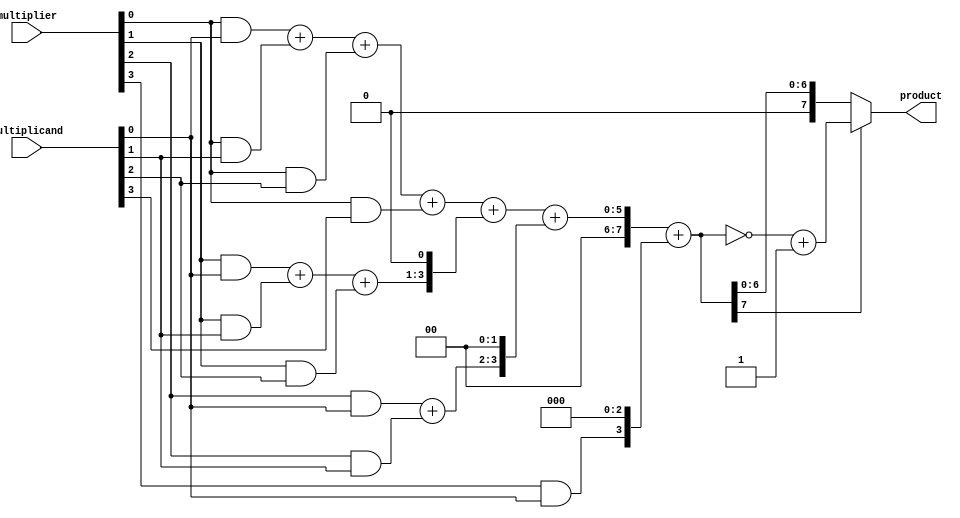
module baugh_wooley_multiplier(
    input [3:0] multiplier,
    input [3:0] multiplicand,
    output reg [7:0] product
);

reg [7:0] partial_products [3:0];
reg [8:0] carry_save_sum [3:0];
reg [8:0] final_product;

generate
// Partial product generator
genvar i, j;
for (i = 0; i < 4; i = i + 1) begin
    for (j = 0; j < 4; j = j + 1) begin
        assign partial_products[i][j+i] = multiplier[j] & multiplicand[i];
    end
end

// Carry-save adder tree
// Level 1
assign carry_save_sum[0] = partial_products[0][0] + partial_products[1][1] + partial_products[2][2] + partial_products[3][3];
// Level 2
assign carry_save_sum[1] = partial_products[0][1] + partial_products[1][2] + partial_products[2][3];
assign carry_save_sum[2] = partial_products[0][2] + partial_products[1][3];
// Level 3
assign carry_save_sum[3] = partial_products[0][3];

// Final adder
assign final_product = carry_save_sum[0] + {carry_save_sum[1], 1'b0} + {carry_save_sum[2], 2'b0} + {carry_save_sum[3], 3'b0};

// Result formatter 
always @(*) begin
    if (final_product[7] == 1) begin
        product = ~final_product + 1;
    end else begin
        product = final_product;
    end
end
endgenerate

endmodule